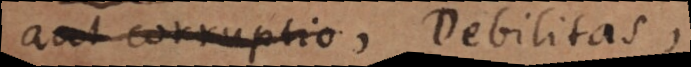
aut corruptio,, Debilitas,